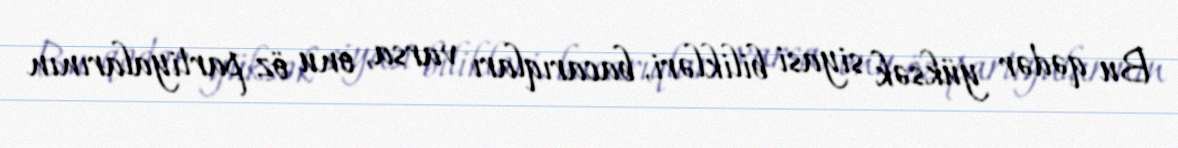
Bu qədər yüksək siyasi bilikləri, bacarıqları varsa, onu öz partiyalarının